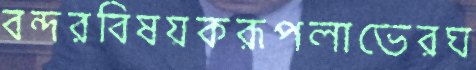
বন্দরবিষয়করূপলাভেরঘ